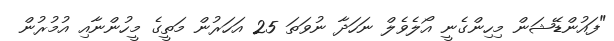
"ފައުންޑޭޝަން މިހިންގެނީ އޯލެވެލް ނަހަދާ ނުވަތަ 25 އަހަރުން މަތީގެ މީހުންނާއި އުމުރުން